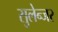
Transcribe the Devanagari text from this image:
सुलेन्जर